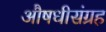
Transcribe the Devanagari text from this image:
औषधीसंग्रह